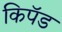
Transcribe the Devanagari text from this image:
किपॅड